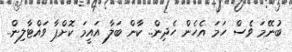
ބުނޭމަ ވެސް ހަމަ އެހެން ހެދިން.. ކާން ބަލާ އައީމަ ކޮށްޕާ ވައްޓާލިން..